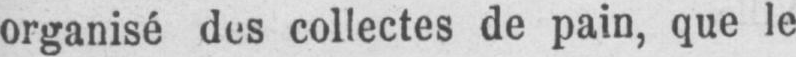
organisé des collectes de pain, que le